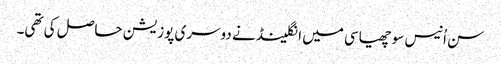
سن اُنیس سو چھیاسی میں انگلینڈ نے دوسری پوزیشن حاصل کی تھی۔